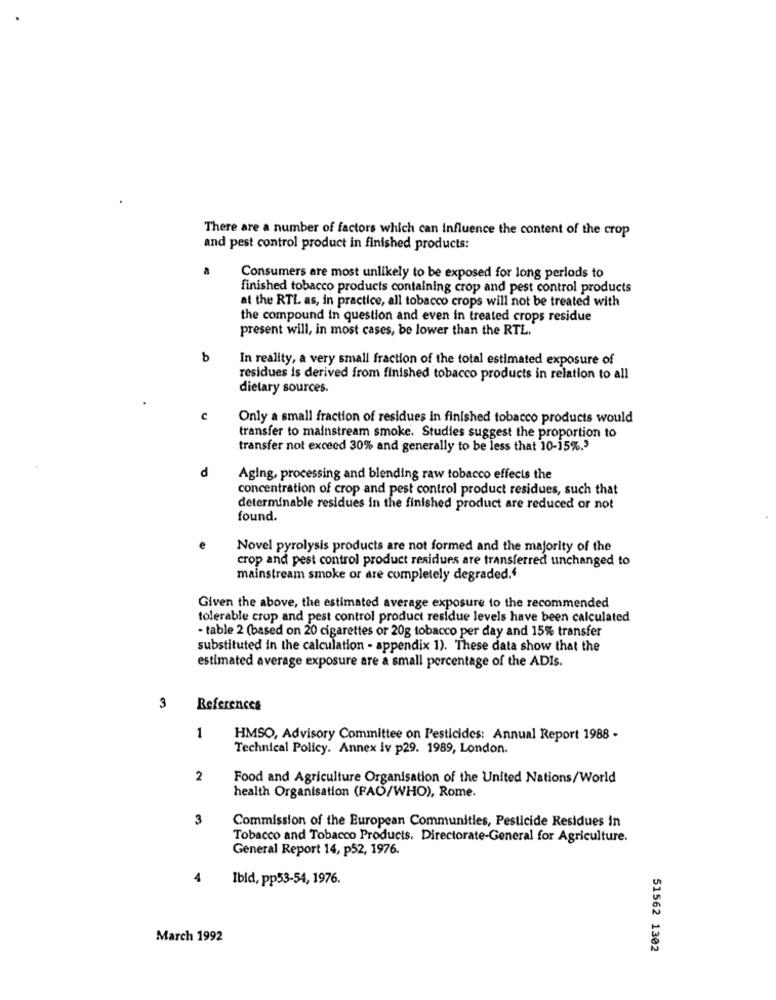
There are a number of factors which can influence the content of the crop
and pest control product in finished products:
Consumers are most unlikely to be exposed for long periods to
finished tobacco products containing crop and pest control products
at the RTL as, in practice, all tobacco crops will not be treated with
the compound in question and even in treated crops residue
present will, in most cases, be lower than the RTL.
b
In reality, a very small fraction of the total estimated exposure of
residues is derived from finished tobacco products in relation to all
dietary sources.
c
Only a small fraction of residues in finished tobacco products would
transfer to mainstream smoke. Studies suggest the proportion to
transfer not exceed 30% and generally to be less that 10-15%.'
d
Aging, processing and blending raw tobacco effects the
concentration of crop and pest control product residues, such that
determinable residues in the finished product are reduced or not
found.
Novel pyrolysis products are not formed and the majority of the
crop and pest control product residues are transferred unchanged to
mainstream smoke or are completely degraded.4
Given the above, the estimated average exposure to the recommended
tolerable crop and pest control product residue levels have been calculated
· table 2 (based on 20 cigarettes or 20g tobacco per day and 15% transfer
substituted in the calculation - appendix 1). These data show that the
estimated average exposure are a small percentage of the ADIs.
3
References
1
HMSO, Advisory Committee on Pesticides: Annual Report 1988 -
Technical Policy. Annex iv p29. 1989, London.
2
Food and Agriculture Organisation of the United Nations/World
health Organisation (FAO/WHO), Rome.
3
Commission of the European Communities, Pesticide Residues in
Tobacco and Tobacco Products. Directorate-General for Agriculture.
General Report 14, p52, 1976.
4
Ibid, pp53-54, 1976.
March 1992
51562 1302